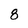
Character: 8